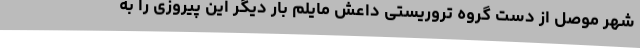
شهر موصل از دست گروه تروریستی داعش مایلم بار دیگر این پیروزی را به